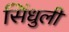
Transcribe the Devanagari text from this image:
सिंधुली